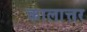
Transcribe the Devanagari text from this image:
कालात्तर